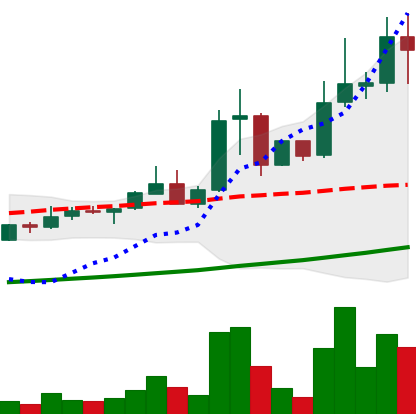
Ticker: XLM-USD
Chart end date: 2021-04-14
Forward return: -21.281%
Label: down_7plus